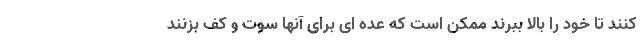
کنند تا خود را بالا ببرند ممکن است که عده ای برای ‌آنها سوت و کف بزنند